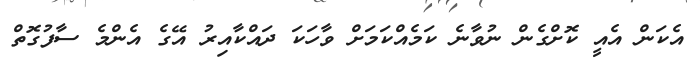
އެކަން އެއީ ކޮށްގެން ނުވާނެ ކަމެއްކަމަށް ވާހަކަ ދައްކާއިރު އޭގެ އެންމެ ސާފުގޮތް